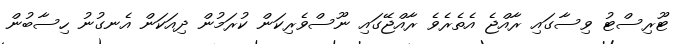
ޓޫރިސްޓު ވިސާގައި ރާއްޖެ އެތެރެވެ ރާއްޖޭގައި ނޫސްވެރިކަން ކުރަމުން ދިއަކަން އެނގުނު ހިސާބުން